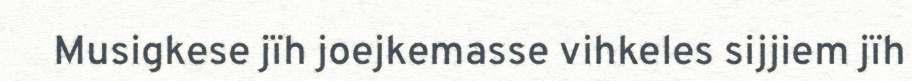
Musigkese jïh joejkemasse vihkeles sijjiem jïh